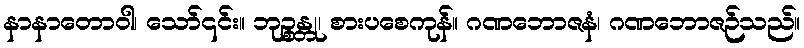
နာနာတောဝါ၊ သော်၎င်း။ ဘုဉ္စန္တု၊ စားပစေကုန်။ ဂဏဘောဇနံ၊ ဂဏဘောဇဉ်သည်။